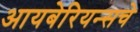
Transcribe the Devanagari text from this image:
आयबेरियन्सचे